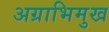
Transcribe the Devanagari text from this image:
अग्राभिमुख